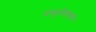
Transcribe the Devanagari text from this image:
वासुदेवाचारी